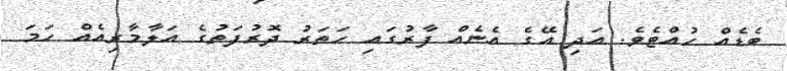
ބެޑެއް ހުއްޓެވެ. އަދި އޭގެ އެނެއް ފާރުގައި ހަތަރު ދޮރުފަތުގެ އަލާމާރިއެއް ހަމަ